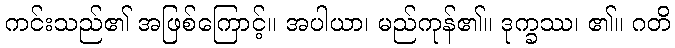
ကင်းသည်၏ အဖြစ်ကြောင့်။ အပါယာ၊ မည်ကုန်၏။ ဒုက္ခဿ၊ ၏။ ဂတိ